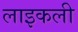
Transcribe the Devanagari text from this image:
लाइकली